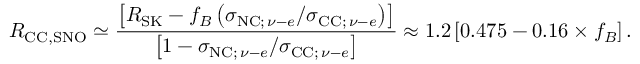
R _ { \mathrm { C C , S N O } } \simeq \frac { \left[ R _ { \mathrm { S K } } - f _ { B } \left( \sigma _ { \mathrm { N C ; } \, \nu - e } / \sigma _ { \mathrm { C C ; } \, \nu - e } \right) \right] } { \left[ 1 - \sigma _ { \mathrm { N C ; } \, \nu - e } / \sigma _ { \mathrm { C C ; } \, \nu - e } \right] } \approx 1 . 2 \left[ 0 . 4 7 5 - 0 . 1 6 \times f _ { B } \right] .